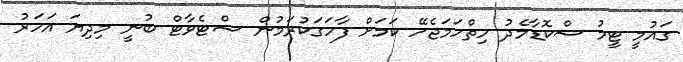
ގައުމީ ޓީމު ސްކޮޑާމެދު ހިތްހަމަޖެހޭ ކަމަށް ފާހަގަކުރަމުން ސްޓެވާޓް ބުނީ މިދިޔަ އަހަރު